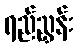
ရည်ညွှန်း